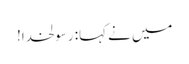
میں نے کہا: رسولخدا!